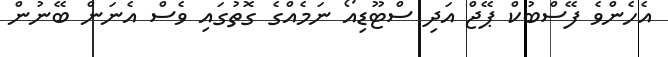
އެހެންވެ ފޭސްބުކް ޕޭޖް އަދި ސްޓޫޑިއޯ ނަމެއްގެ ގޮތުގައި ވެސް އެނަން ބޭނުން